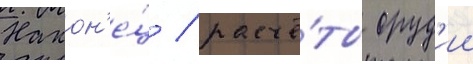
Након'е́ц / расчё́ты оруд'ии